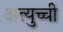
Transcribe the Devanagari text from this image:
अत्युच्ची